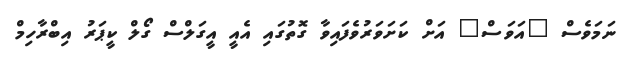
ނަމަވެސް "އަވަސް" އަށް ކަށަވަރުވެފައިވާ ގޮތުގައި އެއީ އީގަލްސް ގޯލް ކީޕަރު އިބްރާހިމް